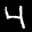
Label: 4